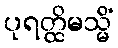
ပုရတ္ထိမသ္မိံ